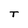
Character: T